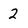
Character: 2